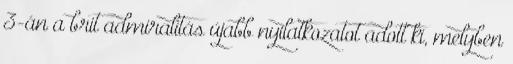
3-án a brit admiralitás újabb nyilatkozatot adott ki, melyben